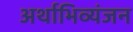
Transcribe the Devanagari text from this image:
अर्थाभिव्यंजन